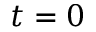
t = 0